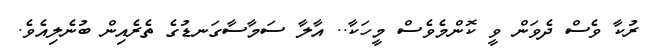
ރުކާ ވެސް ދެވަން ވީ ކޮންމެވެސް މީހަކާ.. އާލާ ސަމާސާގަނޑުގެ ތެރެއިން ބުނެލިއެވެ.